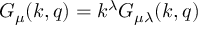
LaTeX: G _ { \mu } ( k , q ) = k ^ { \lambda } G _ { \mu \lambda } ( k , q )